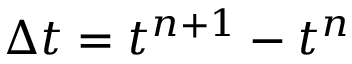
\Delta t = t ^ { n + 1 } - t ^ { n }